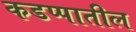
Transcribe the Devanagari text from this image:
कडप्पातील